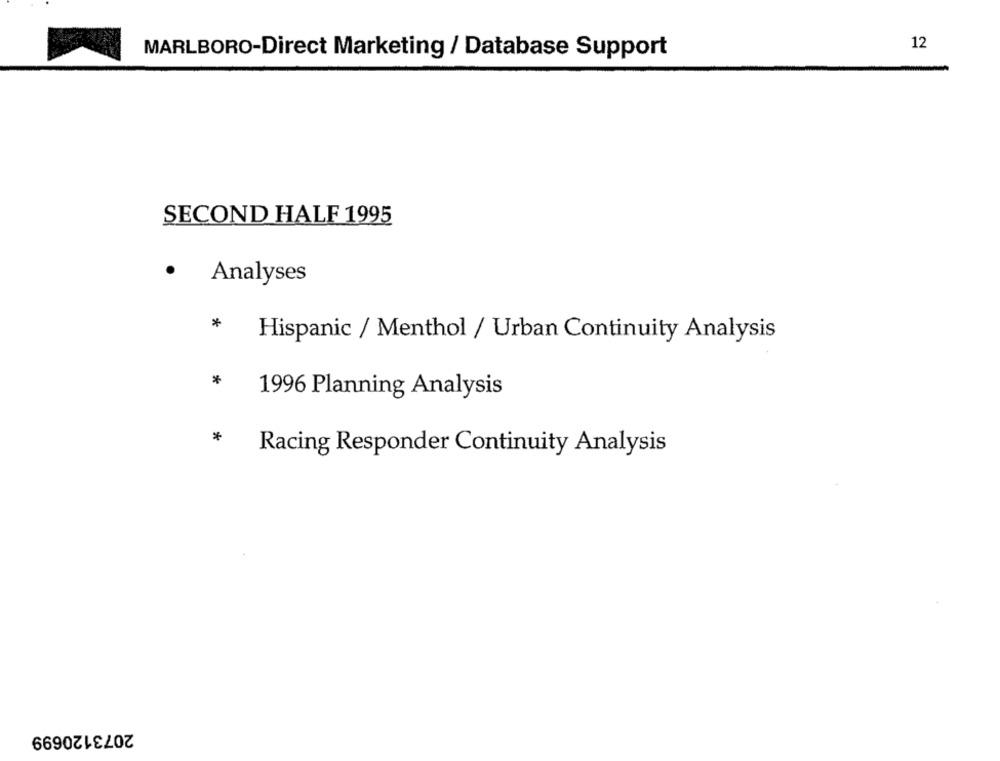
12
MARLBORO-Direct Marketing / Database Support
SECOND HALF 1995
Analyses
*
Hispanic / Menthol / Urban Continuity Analysis
*
1996 Planning Analysis
*
Racing Responder Continuity Analysis
2073120699